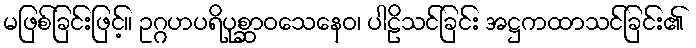
မဖြစ်ခြင်းဖြင့်။ ဥဂ္ဂဟပရိပုစ္ဆာဝသေနေဝ၊ ပါဠိသင်ခြင်း အဋ္ဌကထာသင်ခြင်း၏